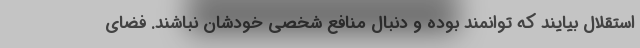
استقلال بیایند که توانمند بوده و دنبال منافع شخصی خودشان نباشند. فضای